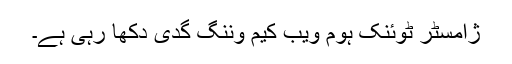
ژامسٹر ٹوئنک ہوم ویب کیم وننگ گدی دکھا رہی ہے۔